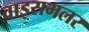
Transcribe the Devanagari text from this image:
वाइसमलर